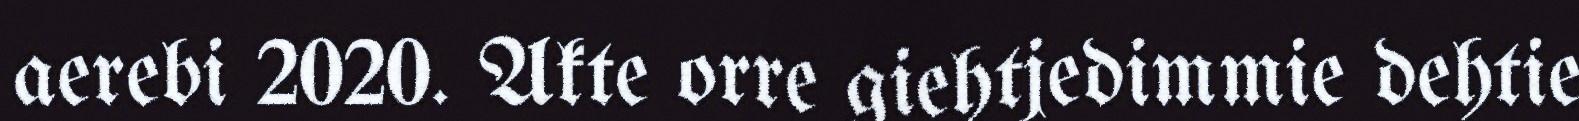
aerebi 2020. Akte orre giehtjedimmie dehtie